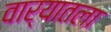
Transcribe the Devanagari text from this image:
वार्‍यातला